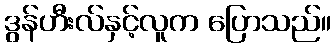
ဒွန်ဟီးလ်နှင့်လူက ပြောသည်။